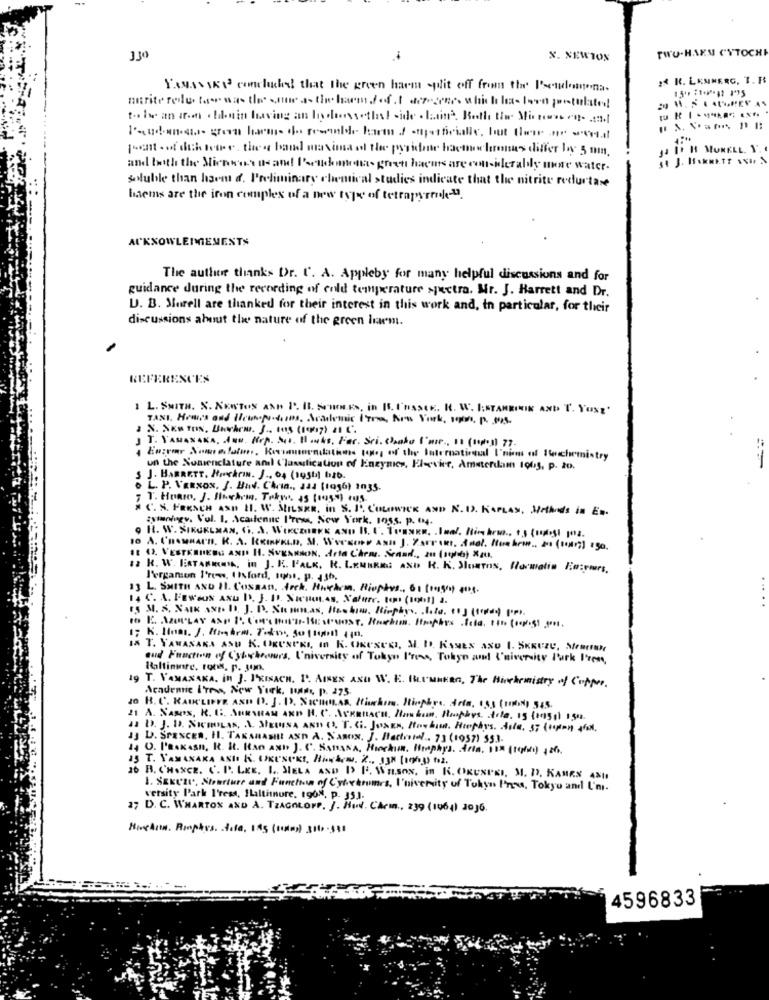
TWU.HAEN CYTOCH
330
X. NEWTON
: K. LEMMERG. T. R$
YOUANSER concluded that the green harm split off from the Peculongna.
murite rede for was the same as the harm doft deres which les leva postulated
to Is an a.m . lain having an lodossethal side . latin -. Both the Motoren ml
l'audans son harms do resande harm / superficialie, but then ar val
...
JIH MORELL. Y'.
and both the Miennes a- and Pseudomonas gret hacars are considerably more water-
soluble than havu d. Preliminary chemical studies indicate that the nitrite reductax
haems are the iron complex of a new type of tetrapyrene-".
ACKNOWLEDGEMENTS
The auther thanks Dr. U. A. Appleby for many helpful discussions and for
guidance during the recording of cold temperature sjuctra. Mr. J. Barrett and Dr.
U. B. Morell are thanked for their interest in this work and, in particular, for their
discussions about the nature of the green harm.
REFERENCES
1 L. SMITH. X. XENTOS AND I. IL. Sen.ES, in [S. I'MSSEK. H. W. I:STAMKININ AND T. YONE'
TANI, How's and How.Notons, Academic Form, Non York, som. p. s.
JT. Y'AMASAKA, AND. NoA. Mit. 11.4ks, Far. Sei. Chaka l'air ., 11 (sopa) 77-
un the Nomenclature and ('lunesfication of Enzymes, Fleevier, Amsterdam to0g, p. 20.
J. HARRETT. HuskIN. J ., 04 (195b) bgb.
o L. P. VERxox, J. Bad. Chrin ., aaa (to56) in35.
C. S. FRENCH ASD 11. W. SILSER, in S. J. COLOWICK AND N. I). KAPLAN, Methods in Es.
tytanlogy. Vol. I. Acadienne I'rees, New York. 1955. p. IN4.
1: 0. VESTERHESS AND H. SVENSSON. Arla C'hrm. Sand ., zu (sqlb) %zu.
12 R. W. FRTARNA, in J. K. P'ALK. R. LEMBRES AND R. K. JunTos, Harwatin Fazemurs,
J'erganion l're -, Ilsford, sons. p. 13b.
"> L. SMITH AND II. Cosaan. dock. Huskum, Rioptes ., S. Cought pog.
C. A. FEWaus axu b. J. D. NieHat.As. Xafure. ton (100!] 2.
18 T. YAMANAKA ASU K. ORUSPRI, In K. ORUSCOI, M. D. KAMES AXO 1. SKRUZU, SeREND
and Fraction of Cybehowers, University of Tokyo Press, Tokyo and University Park Frem
Baltimore, rons. p. jun.
19 T. VAMANAKA. in J. JEISACH. P. AISER AND W. E. BLUMBERG, The Huschemistry of Copper.
Academic I'Tra, New York, las, p. 275.
10 H. C. KAIKLINER AND D. J. ID. NOCHNAS Hiwhim. Riophre. Acta, 155 (1) 545.
21 A. NAsos, R. E. SURSHAN ARD H. C. ASKERACH. Hankun. Hunphys. Arla. is (on5g) 154.
JJ D. SPENCER, Il. TAKAHASHI AND A. NABON. J. Bactrotal .. 73 (1957) 551.
14 O. P'BaKasn, R. It. Han AND J. C. SamasA. Hickies, Hinphys. Anta. 115 (tele) 1 26.
36 B. CHANCE. C. P. LEE, I .. SELA AND 1> ['. WH.SON, in K. OKUNPKI, M. D. KAMRS 481
1. SEKULC, Starlure and Fanchon of Cyletromes, I'niversity of Tokyo Free, Tokyo and I'm.
versity Park I'ress, ILaltimore, 19ON, P. 353.
17 D. C. WHARTON AND A. TIAGOLOPP. J. HWW. Carin ., 239 (1964) 2016.
Highin Riophys. dota, 155 (som) 316 -381
4596833